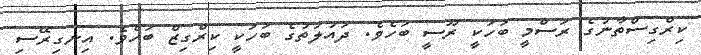
ކިރްގިސްތާނުގެ ރަސްމީ ބަހަކީ ރޫސީ ބަހެވެ. ދައުލަތުގެ ބަހަކީ ކިރްގިޒް ބަހެވެ. އިނގިރޭސި